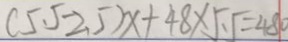
( 5 . 5 - 2 . 5 ) x + 4 8 \times 5 . 5 = 4 8 0